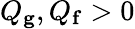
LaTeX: Q_{\mathbf{g}},Q_{\mathbf{f}}>0